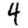
Digit: 4